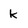
Character: k